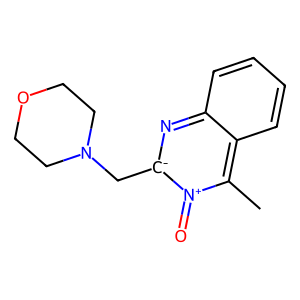
SMILES: Cc1c2ccccc2n[c-](CN2CCOCC2)[n+]1=O
Inhibits HIV replication: No